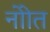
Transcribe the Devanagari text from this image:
नोाेत